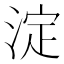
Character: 淀